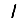
Digit: 1